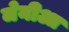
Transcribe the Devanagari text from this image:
जेनीआ